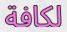
لكافة